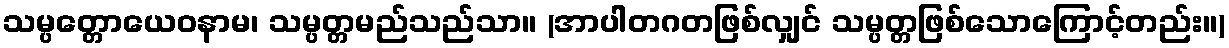
သမ္ပတ္တောယေဝနာမ၊ သမ္ပတ္တမည်သည်သာ။ (အာပါတဂတဖြစ်လျှင် သမ္ပတ္တဖြစ်သောကြောင့်တည်း။)